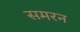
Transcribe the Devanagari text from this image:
समरन